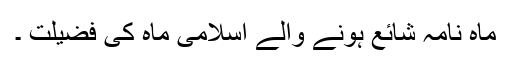
ماہ نامہ شائع ہونے والے اسلامی ماہ کی فضیلت ۔